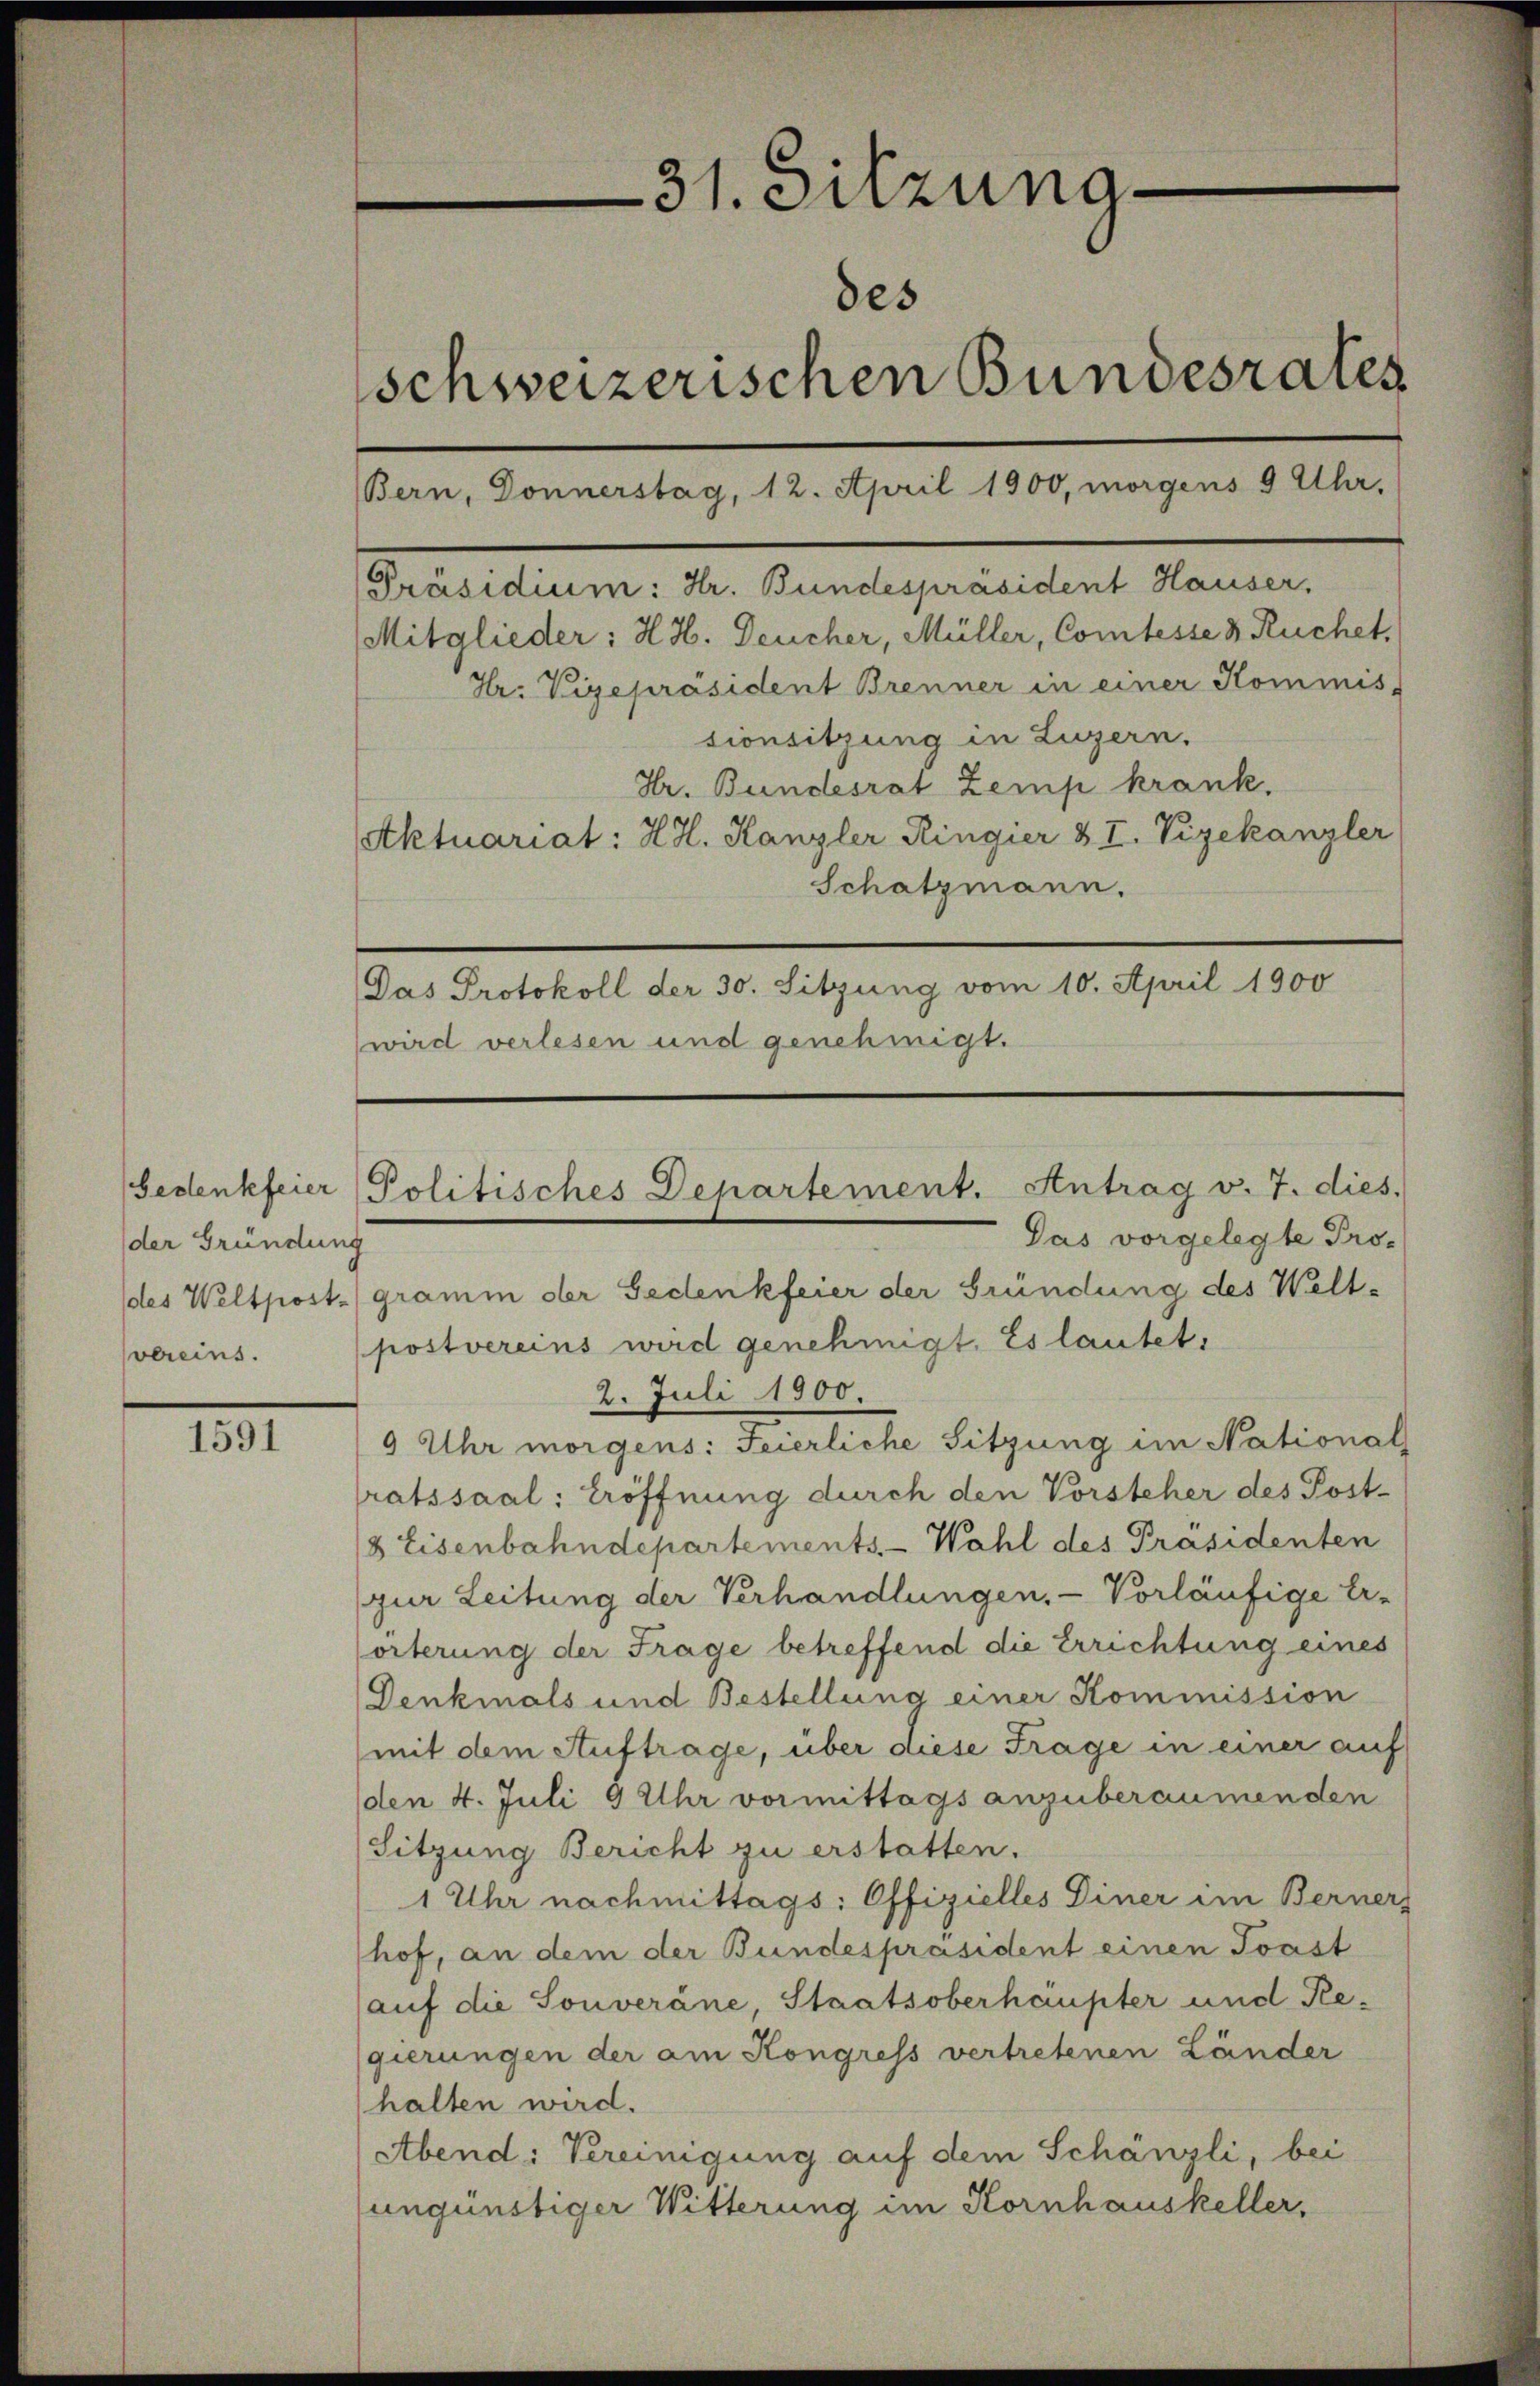
Gedenkfeier
der Gründung
vereins.

1591

[Präsidium: Hr. Bundespräsident Hauser.
Mitglieder: H. H. Deucher, Müller, Comtesse & Ruchet,

31. Sitzung
des
schweizerischen Bundesrates
Bern, Donnerstag, 12. April 1900, morgens 9 Uhr,

Hr. Vigepräsident Brenner in einer Kommis-
sionsitzung in Luzern.
Hr. Bundesrat Zemp krank.
Aktuariat: HH. Kanzler Ringier & I. Vizekanzler
Schatzmann.
Das Protokoll der 30. Sitzung vom 10. April 1900
wird verlesen und genehmigt.

Pas vorgelegte Prodes Weltpost gramm der Gedenkfeier der Gründung des Welt-
postvereins wird genehmigt. Es lautet,
2. Juli 1900.
9 Uhr morgens: Feierliche Sitzung im National
ratssaal: Eröffnung durch den Vorsteher des Post¬
& Eisenbahndepartements Wahl des Präsidenten
jur Leitung der Verhandlungen, - Vorläufige Er-
orterung der Frage betreffend die Errichtung eines
Denkmals und Bestellung einer Kommission
mit dem Auftrage, über diese Frage in einer auf
(den 4. Juli 9 Uhr vormittags anzuberaumenden
Sitzung Bericht zu erstatten.
1 Uhr nachmittags: Offizielles Diner im Berner
hof, an dem der Bundespräsident einen Tonst
(auf die Souveräne, Staatsoberhaupter und Regierungen der am Kongress vertretenen Länder
halten wird.
Abend: Vereinigung auf dem Schänzli, bei
ungünstiger Witterung im Kornhauskeller,

Politisches Departement. Antrag v. 7. dies.